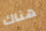
هناك